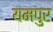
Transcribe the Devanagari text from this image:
यमपुर